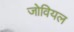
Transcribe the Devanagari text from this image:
जोवियल